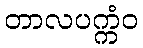
တာလပက္ကံဝ